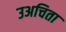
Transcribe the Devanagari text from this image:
उअचिता